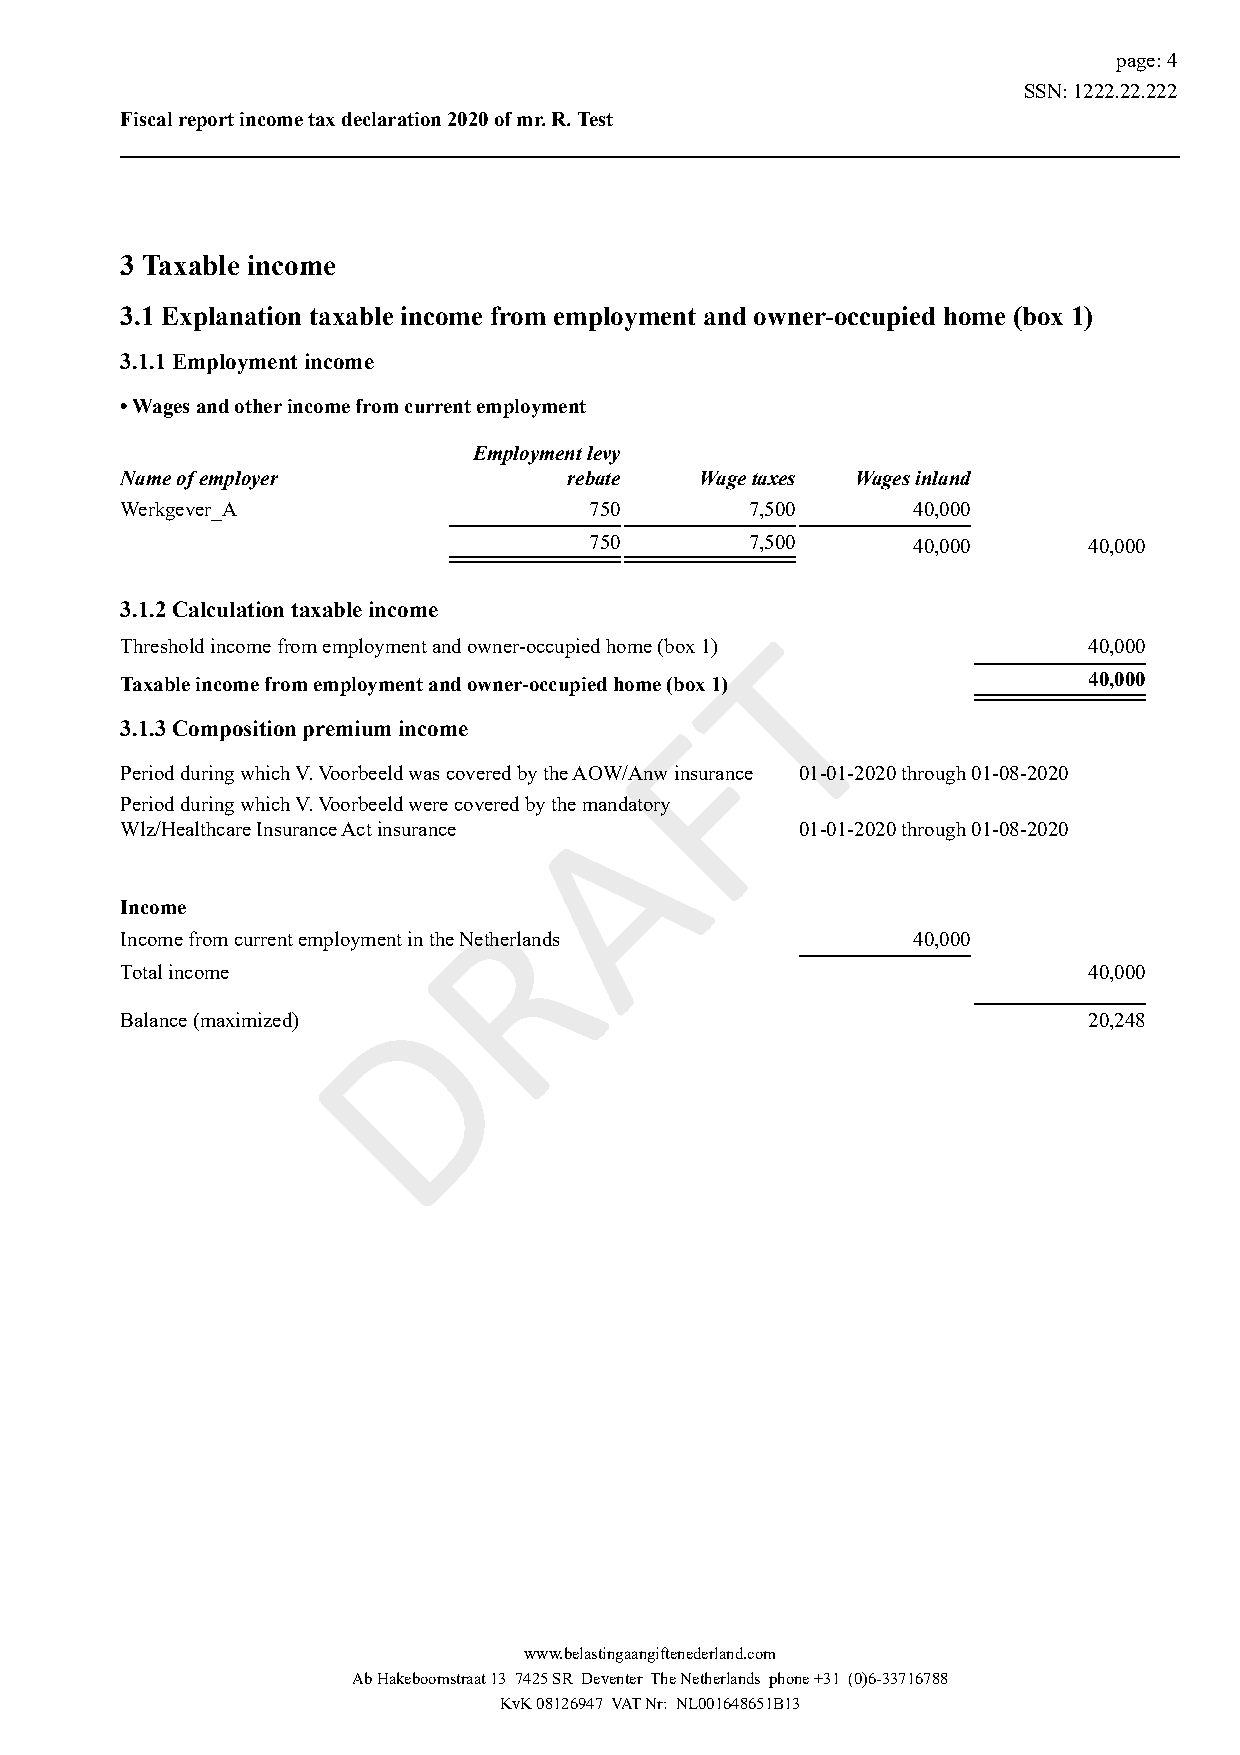
page: 4
 SSN: 1222.22.222
 Fiscal report income tax declaration 2020 of mr. R. Test
 3 Taxable income
 3.1 Explanation taxable income from employment and owner-occupied home (box 1)
 3.1.1 Employment income
 • Wages and other income from current employment
 Employment levy
 Name of employer              rebate  Wage taxes Wages inland
 Werkgever_A                    750        7,500     40,000
 750        7,500     40,000      40,000
 3.1.2 Calculation taxable income
 T
 Threshold income from employment and owner-occupied home (box 1) 40,000
 Taxable income from employment and owner-occupied home (box 1)  40,000
 F
 3.1.3 Composition premium income
 Period during which V. Voorbeeld was covered by the AOW/Anw insurance 01-01-2020 through 01-08-2020
 A
 Period during which V. Voorbeeld were covered by the mandatory
 Wlz/Healthcare Insurance Act insurance       01-01-2020 through 01-08-2020
 R
 Income
 Income from current employment in the Netherlands   40,000
 Total income                                                    40,000
 D
 Balance (maximized)                                             20,248
 www.belastingaangiftenederland.com
 Ab Hakeboomstraat 13 7425 SR Deventer The Netherlands phone +31 (0)6-33716788
 KvK 08126947 VAT Nr: NL001648651B13